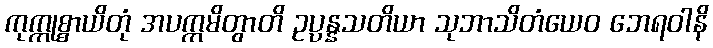
ကုက္ကုစ္စာယိတုံ အပက္ကမိတွာတိ ဥပ္ပန္နသတိယာ သုဘာသိတံယေဝ ဘေရဝါနိ